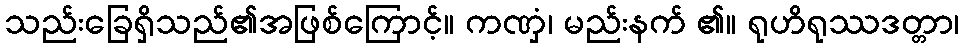
သည်းခြေရှိသည်၏အဖြစ်ကြောင့်။ ကဏှံ၊ မည်းနက် ၏။ ရုဟိရုဿဒတ္တာ၊